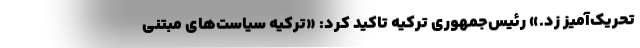
تحریک‌آمیز زد.» رئیس‌جمهوری ترکیه تاکید کرد: «ترکیه سیاست‌های مبتنی